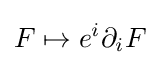
F\mapsto e^{i}\partial _{i}F